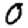
Digit: 0